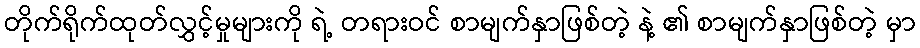
တိုက်ရိုက်ထုတ်လွှင့်မှုများကို ရဲ့ တရားဝင် စာမျက်နှာဖြစ်တဲ့ နဲ့ ၏ စာမျက်နှာဖြစ်တဲ့ မှာ